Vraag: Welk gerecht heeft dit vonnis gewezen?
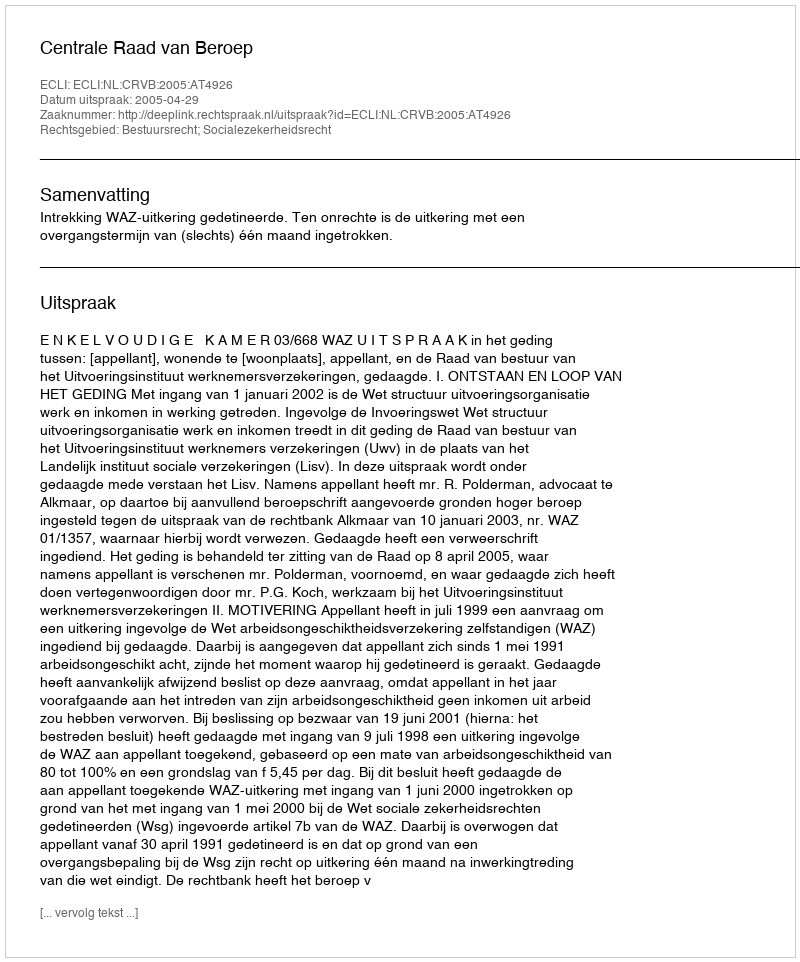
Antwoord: Centrale Raad van Beroep